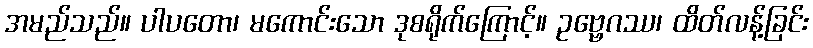
အမည်သည်။ ပါပတော၊ မကောင်းသော ဒုစရိုက်ကြောင့်။ ဥဗ္ဗေဂဿ၊ ထိတ်လန့်ခြင်း